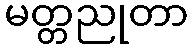
မတ္တညုတာ